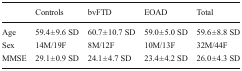
<table><thead><tr><td></td><td><b>Controls</b></td><td><b>bvFTD</b></td><td><b>EOAD</b></td><td><b>Total</b></td></tr></thead><tbody><tr><td>Age</td><td>59.4 ± 9.6 SD</td><td>60.7 ± 10.7 SD</td><td>59.0 ± 5.0 SD</td><td>59.6 ± 8.8 SD</td></tr><tr><td>Sex</td><td>14M/19F</td><td>8M/12F</td><td>10M/13F</td><td>32M/44F</td></tr><tr><td>MMSE</td><td>29.1 ± 0.9 SD</td><td>24.1 ± 4.7 SD</td><td>23.4 ± 4.2 SD</td><td>26.0 ± 4.3 SD</td></tr></tbody></table>